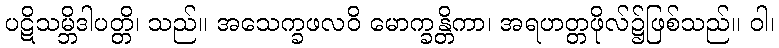
ပဋိသမ္ဘိဒါပတ္တိ၊ သည်။ အသေက္ခဖလဝိ မောက္ခန္တိကာ၊ အရဟတ္တဖိုလ်၌ဖြစ်သည်။ ဝါ၊